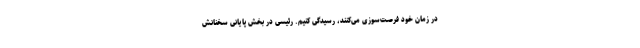
در زمان خود فرصت‌سوزی می‌کنند، رسیدگی کنیم. رئیسی در بخش پایانی سخنانش